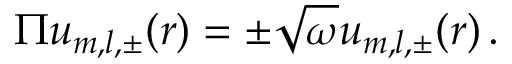
\Pi u _ { m , l , \pm } ( r ) = \pm \sqrt { \omega } u _ { m , l , \pm } ( r ) \, .